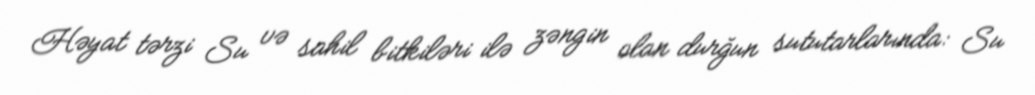
Həyat tərzi Su və sahil bitkiləri ilə zəngin olan durğun sututarlarında: Su